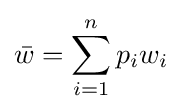
{\bar {w}}={\sum _{i=1}^{n}{p_{i}w_{i}}}